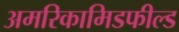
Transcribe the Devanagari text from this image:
अमरिकामिडफील्‍ड